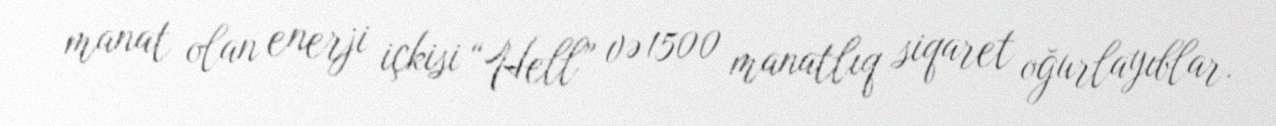
manat olan enerji içkisi “Hell” və 1500 manatlıq siqaret oğurlayıblar.